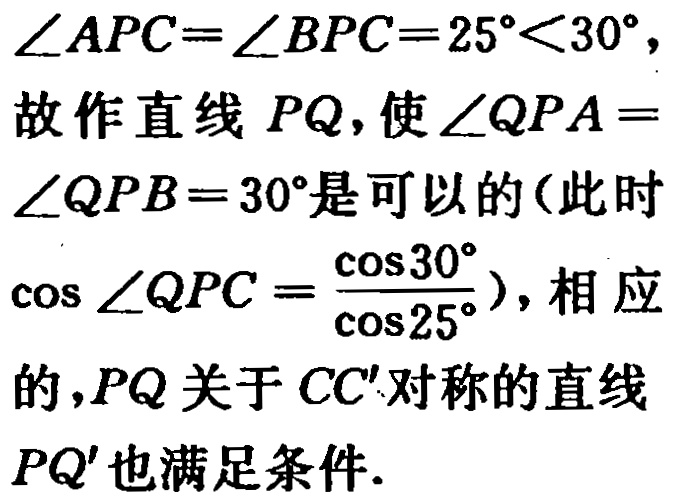
\(\angle APC = \angle BPC = 25^{\circ}<30^{\circ},\)
故作直线 \(PQ\)，使 \(\angle QPA = \angle QPB = 30^{\circ}\)是可以的（此时 \(\cos\angle QPC = \frac{\cos30^{\circ}}{\cos25^{\circ}}\)），相应的，\(PQ\)关于 \(CC'\)对称的直线 \(PQ'\)也满足条件.